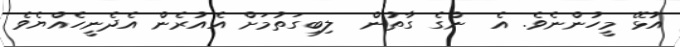
އުޅޭ މީހުންނެވެ. އެ  ންގެ ގާތުން  ލިބިގަތުމަށް އެއުރެން އެދެނީހެއްޔެވެ